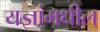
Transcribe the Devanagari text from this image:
यज्ञांमधील